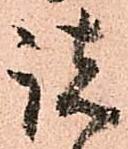
諸